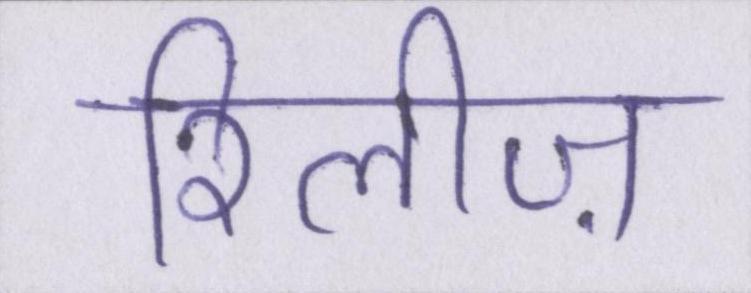
रिलीज़